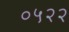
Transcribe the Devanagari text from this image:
०५२२